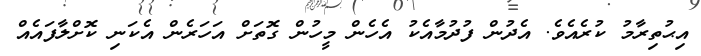
އިޙުތިރާމު ކުރެއެވެ. އެދުން ފުދުމާއެކު އެހެން މީހުން ގޮތަށް އަހަރެން އެކަނި ކޮށްލާފައެއް